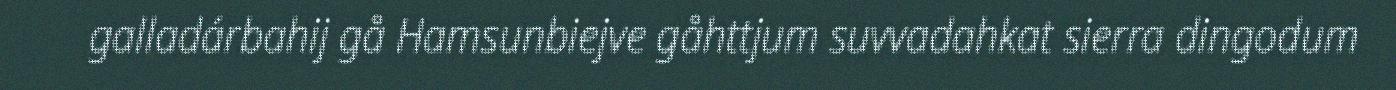
galladárbahij gå Hamsunbiejve gåhttjum suvvadahkat sierra dingodum